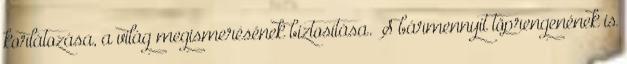
korlátozása, a világ megismerésének biztosítása. „S bármennyit töprengenének is